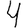
Digit: 4